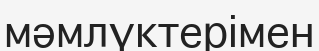
мәмлүктерімен